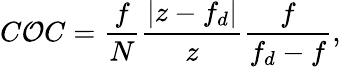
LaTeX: C\mathcal{O}C=\frac{{f}}{{N}}\frac{{\left|z-f_{d}\right|}}{{z}}\frac{{f}}{{f_{d}-f}},